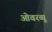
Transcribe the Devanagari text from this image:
ओवरव्यू